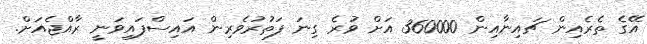
އޭގެ ތެރެއިން ޗައިނާއިން 360000 އަށް ވުރެ ގިނަ ފަތުރުވެރިން އައިސްފައިވަނީ ރާއްޖެއަށް.